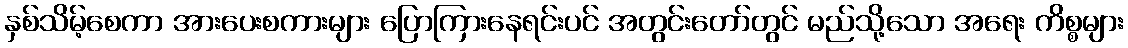
နှစ်သိမ့်စေကာ အားပေးစကားများ ပြောကြားနေရင်းပင် အတွင်းတော်တွင် မည်သို့သော အရေး ကိစ္စများ